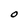
Character: O